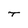
Character: T